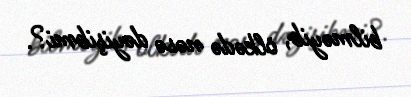
bilməyib, ölkədə nəsə dəyişibmi?.